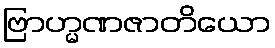
ဗြာဟ္မဏဇာတိယော